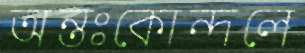
অন্তঃকোন্দলে